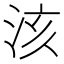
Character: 𣴃